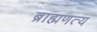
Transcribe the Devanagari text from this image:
ब्राह्मणत्य